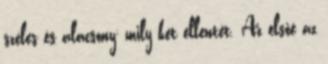
széles és alacsony; mily két ellentét. Az elsőé az